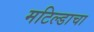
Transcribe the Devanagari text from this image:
मटिल्डाचा